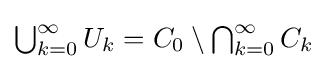
{\textstyle \bigcup _{k=0}^{\infty }U_{k}}=C_{0}\setminus {\textstyle \bigcap _{k=0}^{\infty }C_{k}}